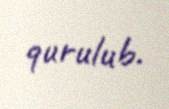
qurulub.